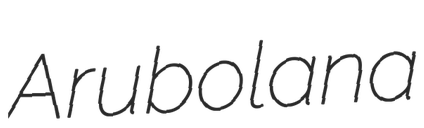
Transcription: Arubolana